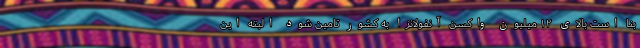
بنا است بالای ۱۲ میلیون واکسن آنفولانزا به کشور تامین شود البته این